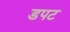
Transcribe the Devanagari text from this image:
डपट